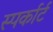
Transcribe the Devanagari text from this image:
स्पर्कार्ट